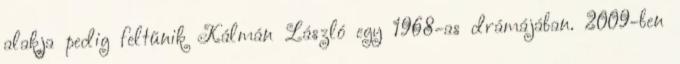
alakja pedig feltűnik Kálmán László egy 1968-as drámájában. 2009-ben